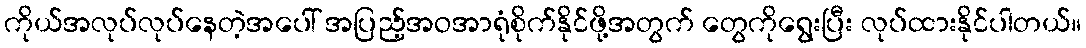
ကိုယ်အလုပ်လုပ်နေတဲ့အပေါ် အပြည့်အဝအာရုံစိုက်နိုင်ဖို့အတွက် တွေကိုရွေးပြီး လုပ်ထားနိုင်ပါတယ်။